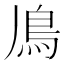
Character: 𩾑